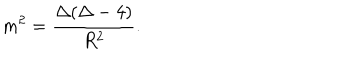
LaTeX: m ^ { 2 } = \frac { \Delta ( \Delta - 4 ) } { R ^ { 2 } } .